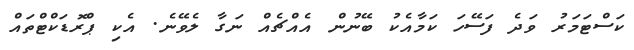
ކަސްޓަމަރު ވަދެ ފަސޭހަ ކަމާއެކު ބޭނުން އެއްޗެއް ނަގާ ލެވޭނެ. އެކި ޕްރޮޑަކްޓްތައް